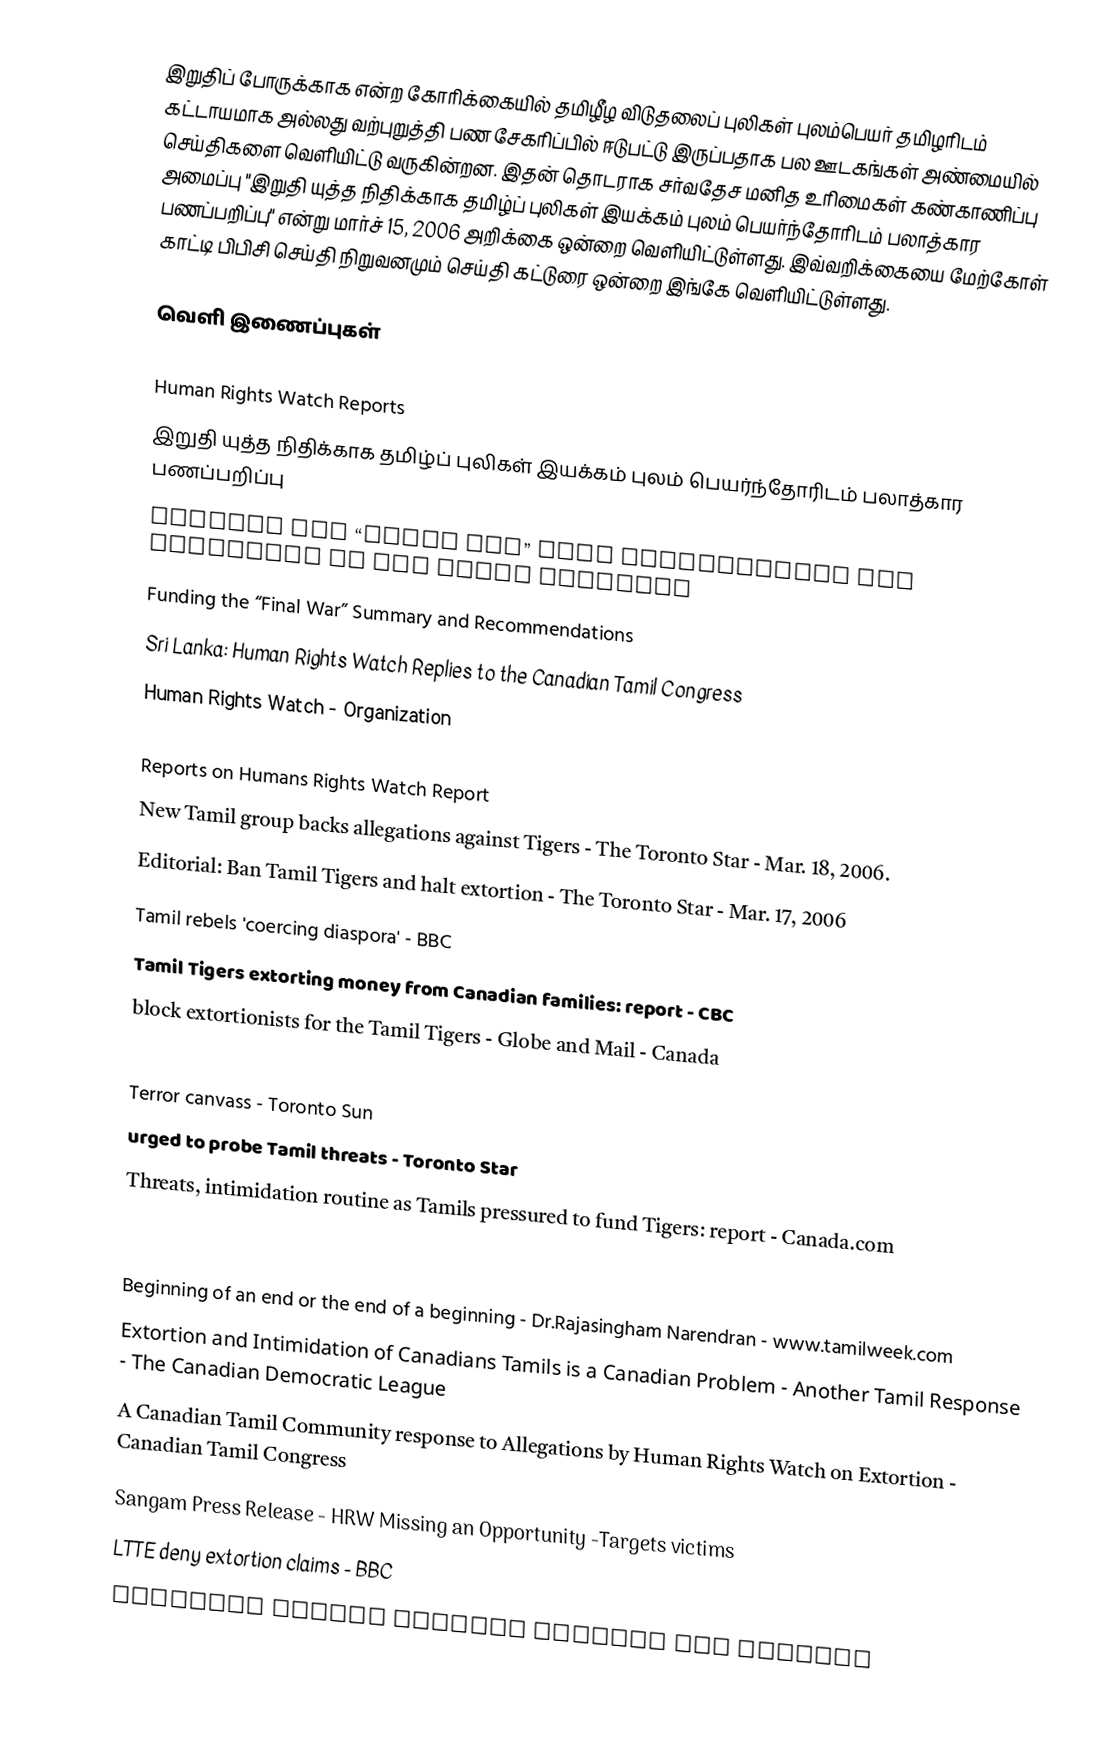
இறுதிப் போருக்காக என்ற கோரிக்கையில் தமிழீழ விடுதலைப் புலிகள் புலம்பெயர் தமிழரிடம் கட்டாயமாக அல்லது வற்புறுத்தி பண சேகரிப்பில் ஈடுபட்டு இருப்பதாக பல ஊடகங்கள் அண்மையில் செய்திகளை வெளியிட்டு வருகின்றன. இதன் தொடராக சர்வதேச மனித உரிமைகள் கண்காணிப்பு அமைப்பு "இறுதி யுத்த நிதிக்காக தமிழ்ப் புலிகள் இயக்கம் புலம் பெயர்ந்தோரிடம் பலாத்கார பணப்பறிப்பு" என்று மார்ச் 15, 2006 அறிக்கை ஒன்றை வெளியிட்டுள்ளது. இவ்வறிக்கையை மேற்கோள் காட்டி பிபிசி செய்தி நிறுவனமும் செய்தி கட்டுரை ஒன்றை இங்கே வெளியிட்டுள்ளது.

வெளி இணைப்புகள்

Human Rights Watch Reports
 இறுதி யுத்த நிதிக்காக தமிழ்ப் புலிகள் இயக்கம் புலம் பெயர்ந்தோரிடம் பலாத்கார பணப்பறிப்பு
 Funding the “Final War” LTTE Intimidation and Extortion in the Tamil Diaspora
 Funding the “Final War” Summary and Recommendations
 Sri Lanka: Human Rights Watch Replies to the Canadian Tamil Congress
 Human Rights Watch - Organization

Reports on Humans Rights Watch Report
 New Tamil group backs allegations against Tigers - The Toronto Star - Mar. 18, 2006.
 Editorial: Ban Tamil Tigers and halt extortion - The Toronto Star - Mar. 17, 2006
 Tamil rebels 'coercing diaspora' - BBC
 Tamil Tigers extorting money from Canadian families: report - CBC
 block extortionists for the Tamil Tigers - Globe and Mail - Canada
 Tamil Tigers pressure Canadians for support: HRW - CTV
 Terror canvass - Toronto Sun
 urged to probe Tamil threats - Toronto Star
 Threats, intimidation routine as Tamils pressured to fund Tigers: report - Canada.com

Responses to Humans Rights Watch Report
 Beginning of an end or the end of a beginning - Dr.Rajasingham Narendran - www.tamilweek.com
 Extortion and Intimidation of Canadians Tamils is a Canadian Problem - Another Tamil Response - The Canadian Democratic League
 A Canadian Tamil Community response to Allegations by Human Rights Watch on Extortion - Canadian Tamil Congress
 Sangam Press Release - HRW Missing an Opportunity -Targets victims
 LTTE deny extortion claims - BBC
 Canadian Tamils protest against HRW charges